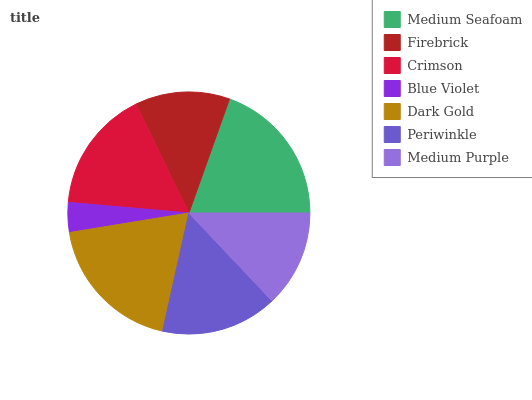
| Medium Seafoam | Firebrick | Crimson | Blue Violet | Dark Gold | Periwinkle | Medium Purple |
 | --- | --- | --- | --- | --- | --- | --- |
 | 19.6% | 12.6% | 16.4% | 3.98% | 18.9% | 15.5% | 12.9% |